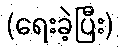
(ရေးခဲ့ပြီး)